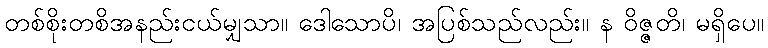
တစ်စိုးတစိအနည်းငယ်မျှသာ။ ဒေါသောပိ၊ အပြစ်သည်လည်း။ န ဝိဇ္ဇတိ၊ မရှိပေ။